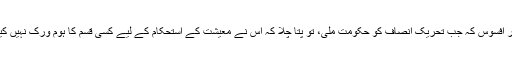
” مگر افسوس کہ جب تحریک انصاف کو حکومت ملی، تو پتا چلا کہ اس نے معیشت کے استحکام کے لیے کسی قسم کا ہوم ورک نہیں کیا تھا۔